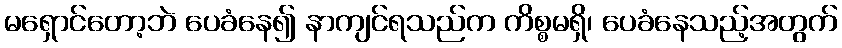
မရှောင်တော့ဘဲ ပေခံနေ၍ နာကျင်ရသည်က ကိစ္စမရှိ၊ ပေခံနေသည့်အတွက်